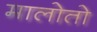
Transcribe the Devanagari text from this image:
मालोतो